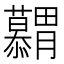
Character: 𮍋